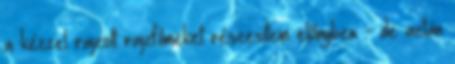
a kézzel rajzolt rajzfilmeket részesítem előnyben - de aztán